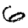
Digit: 6